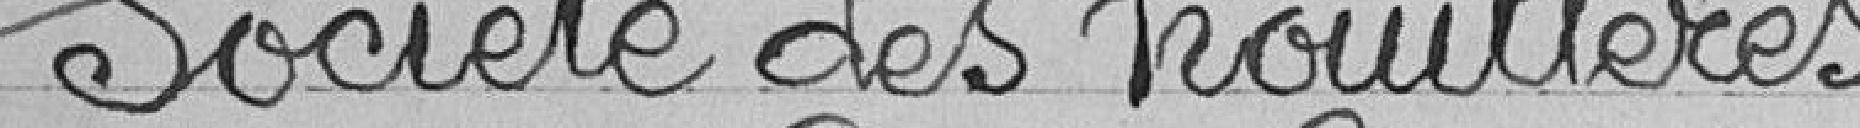
Société des houillères